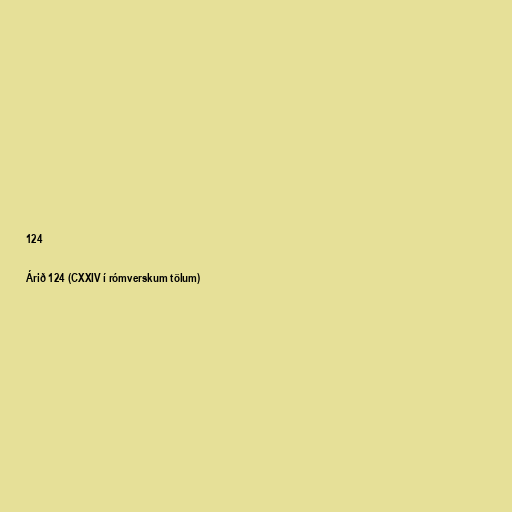
124

Árið 124 (CXXIV í rómverskum tölum)